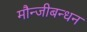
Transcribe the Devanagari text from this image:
मौन्जीबन्धन